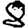
Digit: 8